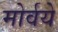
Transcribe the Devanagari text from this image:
मोर्वये